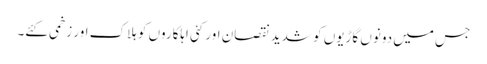
جس میں دونوں گاڑیوں کو شدید نقصان اور کئی اہلکاروں کو ہلاک اور زخمی کئے۔